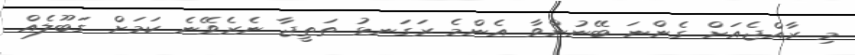
މި ރާއްޖެއަށް ގެންނަ ބޭނުންވާ އެންމެ ރަގަނޅު ތަތީޖާ ނެރެވޭނެ ކަމަށް ގަބޫލެއް